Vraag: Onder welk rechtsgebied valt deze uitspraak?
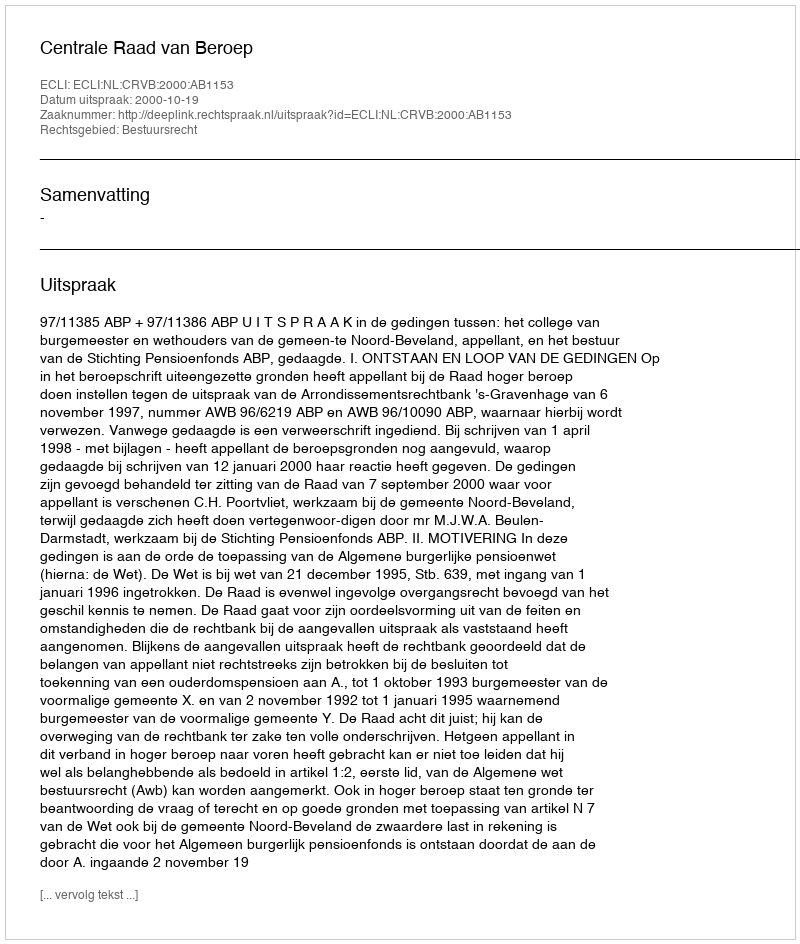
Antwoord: Bestuursrecht